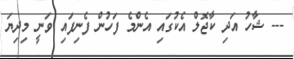
--- ޝާހު އަދި ކާޖޮލް އެކުގައި އެންމެ ފަހުން ފެނިފައި ވަނީ މިދިޔަ